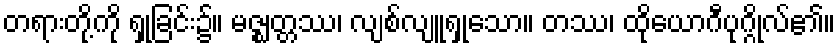
တရားတို့ကို ရှုခြင်း၌။ မဇ္ဈတ္တဿ၊ လျစ်လျူရှုသော။ တဿ၊ ထိုယောဂီပုဂ္ဂိုလ်၏။